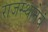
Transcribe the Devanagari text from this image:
राजस्थानेवं